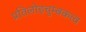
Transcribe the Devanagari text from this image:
प्रतिलोहचुम्बकत्व